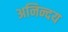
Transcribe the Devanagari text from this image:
अनिन्दय